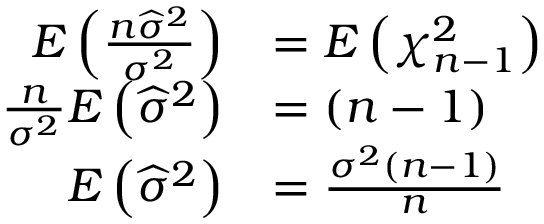
{ \begin{array} { r l } { E \left( { \frac { n { \widehat { \sigma } } ^ { 2 } } { \sigma ^ { 2 } } } \right) } & { = E \left( \chi _ { n - 1 } ^ { 2 } \right) } \\ { { \frac { n } { \sigma ^ { 2 } } } E \left( { \widehat { \sigma } } ^ { 2 } \right) } & { = ( n - 1 ) } \\ { E \left( { \widehat { \sigma } } ^ { 2 } \right) } & { = { \frac { \sigma ^ { 2 } ( n - 1 ) } { n } } } \end{array} }